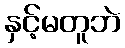
နှင့်မတူဘဲ